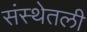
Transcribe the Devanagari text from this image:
संस्थेतली